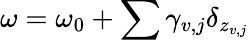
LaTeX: \omega=\omega_{0}+\sum\gamma_{v,j}\delta_{z_{v,j}}